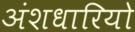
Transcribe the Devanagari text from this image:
अंशधारियो